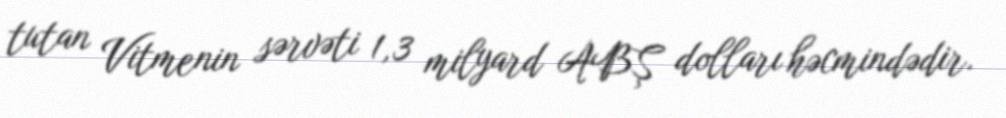
tutan Vitmenin sərvəti 1,3 milyard ABŞ dolları həcmindədir.